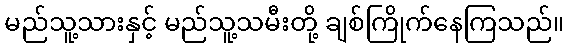
မည်သူ့သားနှင့် မည်သူ့သမီးတို့ ချစ်ကြိုက်နေကြသည်။